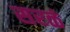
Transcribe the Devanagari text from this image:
सरळं